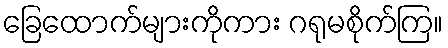
ခြေထောက်များကိုကား ဂရုမစိုက်ကြ။